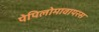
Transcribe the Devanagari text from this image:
पेपिलोमावायरस